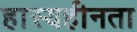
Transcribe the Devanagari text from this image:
हास्यहीनता